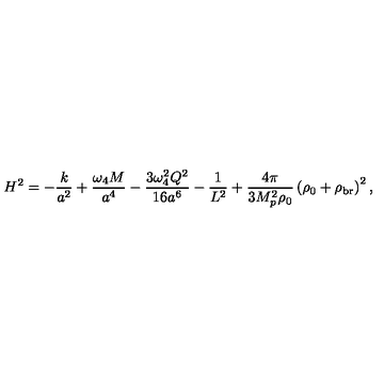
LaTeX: H ^ { 2 } = - \frac { k } { a ^ { 2 } } + \frac { \omega _ { 4 } M } { a ^ { 4 } } - \frac { 3 \omega _ { 4 } ^ { 2 } Q ^ { 2 } } { 1 6 a ^ { 6 } } - \frac { 1 } { L ^ { 2 } } + \frac { 4 \pi } { 3 M _ { p } ^ { 2 } \rho _ { 0 } } \left( \rho _ { 0 } + \rho _ { \mathrm { b r } } \right) ^ { 2 } ,